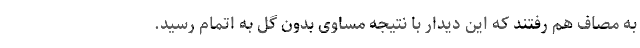
به مصاف هم رفتند که این دیدار با نتیجه مساوی بدون گل به اتمام رسید.